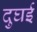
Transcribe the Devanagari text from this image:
दुघई